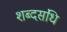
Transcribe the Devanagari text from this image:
शब्दसंधि